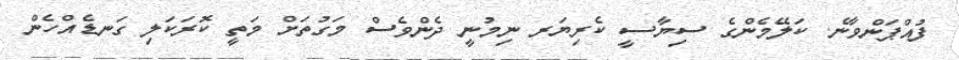
ފުއްޕަންވާނެ. ކަލޭމެންގެ ސިޔާސީ ކެރިޔަރ ނިމުނީ ދެންވެސް މަގުތަށް މަތީ ކޮރަކަލި ގަނޑެއްހެން